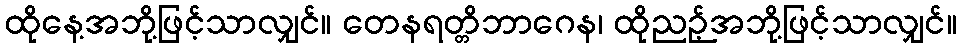
ထိုနေ့အဘို့ဖြင့်သာလျှင်။ တေနရတ္တိဘာဂေန၊ ထိုညဉ့်အဘို့ဖြင့်သာလျှင်။